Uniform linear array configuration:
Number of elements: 12
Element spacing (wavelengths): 1
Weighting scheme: hamming
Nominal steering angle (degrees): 60
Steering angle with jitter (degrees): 59.742
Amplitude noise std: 0.05
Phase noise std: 0.05

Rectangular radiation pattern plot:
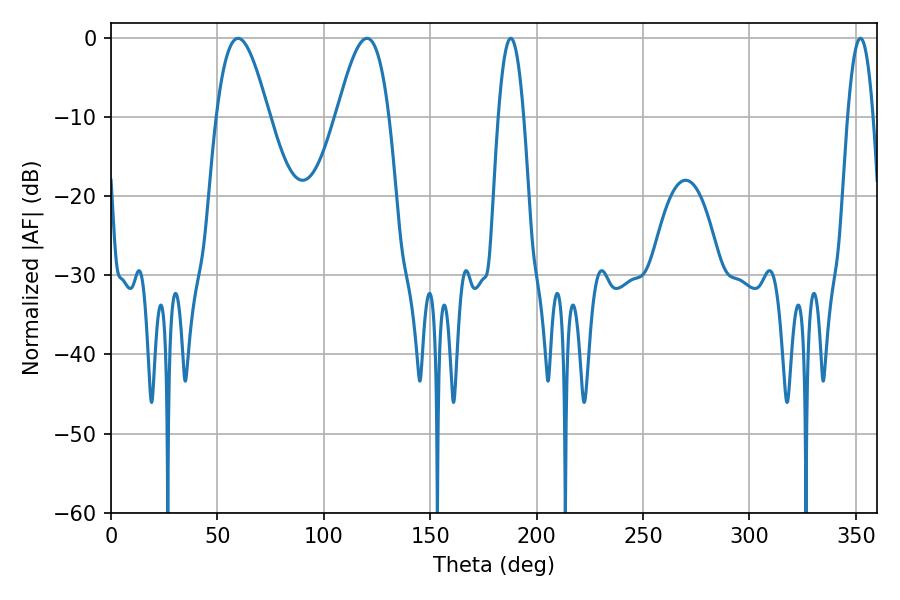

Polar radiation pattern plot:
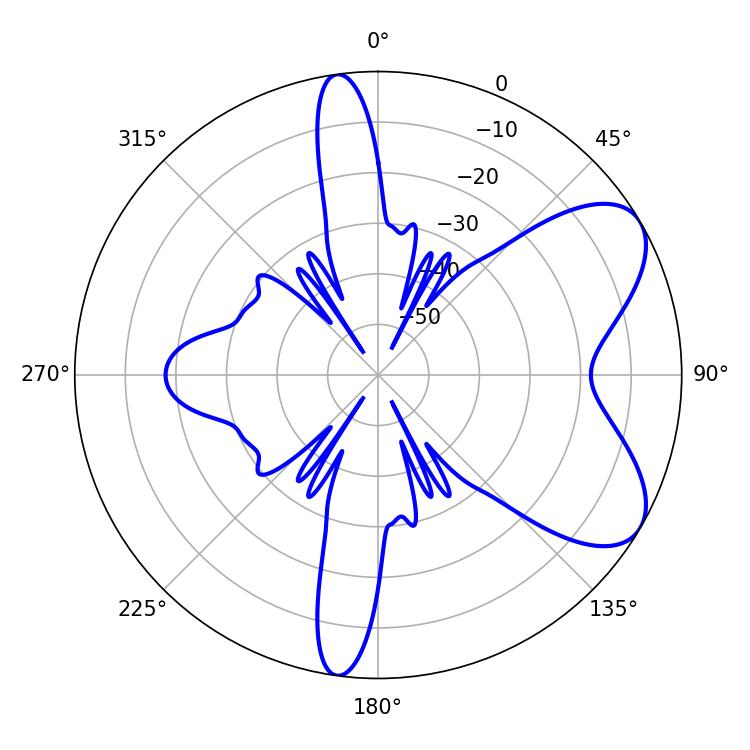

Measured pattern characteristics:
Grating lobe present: TRUE
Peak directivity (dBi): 6.864
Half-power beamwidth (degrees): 13.14
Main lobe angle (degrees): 59.76